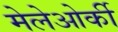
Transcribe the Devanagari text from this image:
मेलेओर्की